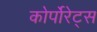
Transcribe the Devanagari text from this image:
कोर्पोरेट्स